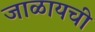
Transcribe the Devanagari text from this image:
जाळायची